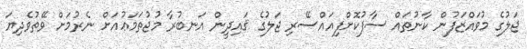
ޖަލުގެ މުވައްޒަފުން ކާނުތައް ސާފުކޮށްފިއައްސޭރި ޖަލުގެ ޤައިދީން އަނބުރާ މުޖުތަމަޢުއަށް ނެރުމަށް ވޭތުވެދިޔަ